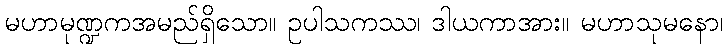
မဟာမုဏ္ဍကအမည်ရှိသော။ ဥပါသကဿ၊ ဒါယကာအား။ မဟာသုမနော၊